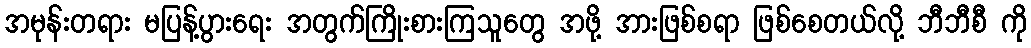
အမုန်းတရား မပြန့်ပွားရေး အတွက်ကြိုးစားကြသူတွေ အဖို့ အားဖြစ်စရာ ဖြစ်စေတယ်လို့ ဘီဘီစီ ကို